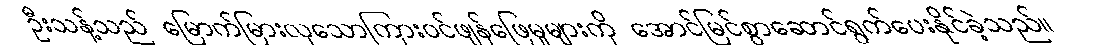
ဦးသန့်သည် မြောက်မြားလှသောကြားဝင်ဖျန်ဖြေမှုများကို အောင်မြင်စွာဆောင်ရွက်ပေးနိုင်ခဲ့သည်။